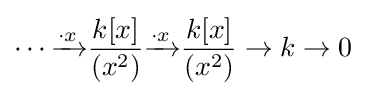
\cdots {\xrightarrow {\cdot x}}{\frac {k[x]}{(x^{2})}}{\xrightarrow {\cdot x}}{\frac {k[x]}{(x^{2})}}\to k\to 0